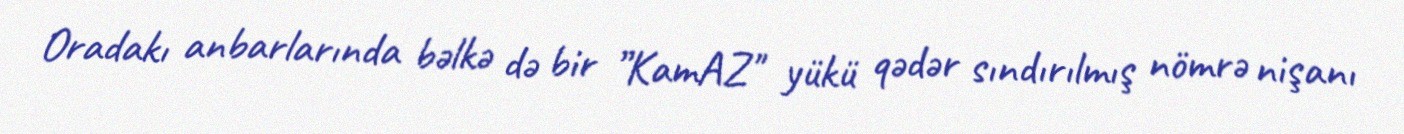
Oradakı anbarlarında bəlkə də bir ”KamAZ" yükü qədər sındırılmış nömrə nişanı